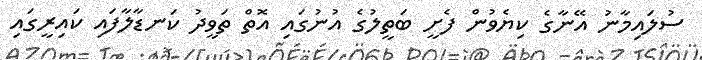
ސުލައިމާނު އޭނާގެ ކިޔެވުން ފެށީ ބަތީލުގެ އުނުގައި އޮތް ތަވީދު ކަނޑާލާފައި ކައިރީގައި